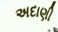
અદાણી